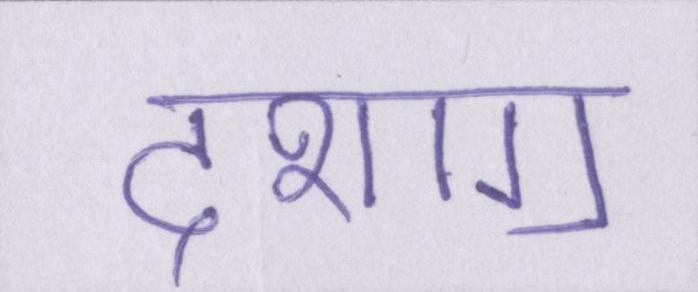
दशाॻ